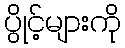
ပွိုင့်များကို